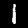
Digit: 1